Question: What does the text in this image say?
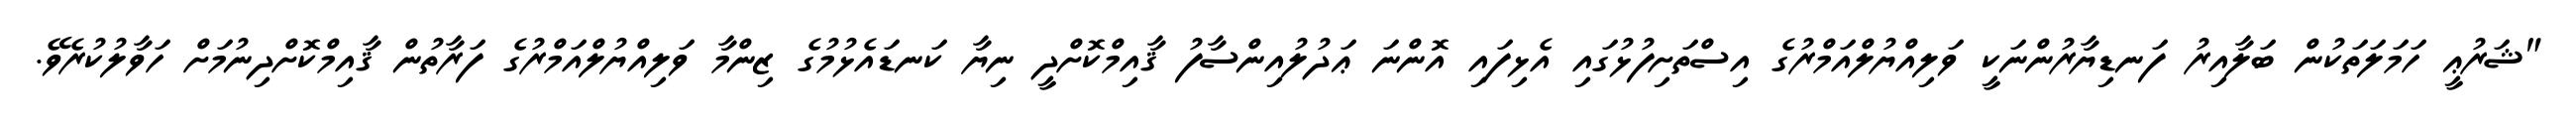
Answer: "ޝަރުޢީ ހަމަލަތަކުން ބަލާއިރު ފަނޑިޔާރުންނަކީ ވަލިއްޔުލްއަމްރުގެ އިސްތަށިފުޅުގައި އެޅިފައި އޮންނަ ޢަދުލުއިންސާފު ޤާއިމްކޮށްދީ ނިޔާ ކަނޑައެޅުމުގެ ޒިންމާ ވަލިއްޔުލްއަމްރުގެ ފަރާތުން ޤާއިމްކޮށްދިނުމަށް ހަވާލުކުރެވޭ.